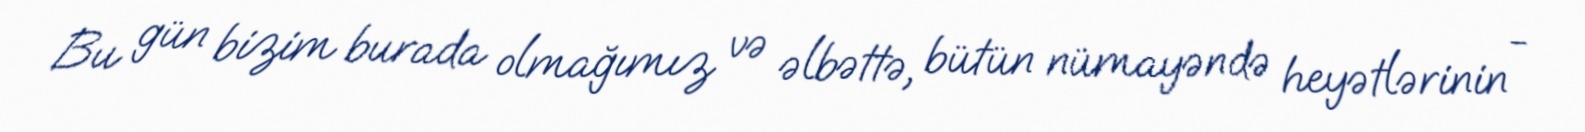
Bu gün bizim burada olmağımız və əlbəttə, bütün nümayəndə heyətlərinin -